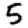
Digit: 5